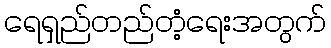
ရေရှည်တည်တံ့ရေးအတွက်